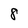
Character: 8